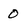
Character: 0